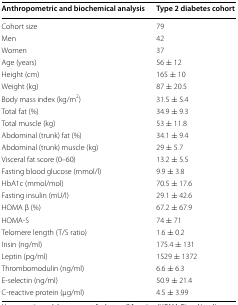
| Anthropometric and biochemical analysis | Type 2 diabetes cohort |
 | --- | --- |
 | Cohort size | 79 |
 | Men | 42 |
 | Women | 37 |
 | Age (years) | 56 ± 12 |
 | Height (cm) | 165 ± 10 |
 | Weight (kg) | 87 ± 20.5 |
 | Body mass index (kg/m2) | 31.5 ± 5.4 |
 | Total fat (%) | 34.9 ± 9.3 |
 | Total muscle (kg) | 53 ± 11.8 |
 | Abdominal (trunk) fat (%) | 34.1 ± 9.4 |
 | Abdominal (trunk) muscle (kg) | 29 ± 5.7 |
 | Visceral fat score (0–60) | 13.2 ± 5.5 |
 | Fasting blood glucose (mmol/l) | 9.9 ± 3.8 |
 | HbA1c (mmol/mol) | 70.5 ± 17.6 |
 | Fasting insulin (mU/l) | 29.1 ± 42.6 |
 | HOMA β (%) | 67.2 ± 67.9 |
 | HOMA-S | 74 ± 71 |
 | Telomere length (T/S ratio) | 1.6 ± 0.2 |
 | Irisin (ng/ml) | 175.4 ± 131 |
 | Leptin (pg/ml) | 1529 ± 1372 |
 | Thrombomodulin (ng/ml) | 6.6 ± 6.3 |
 | E-selectin (ng/ml) | 50.9 ± 21.4 |
 | C-reactive protein (μg/ml) | 4.5 ± 3.99 |